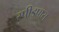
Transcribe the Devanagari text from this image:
स्पीडपास